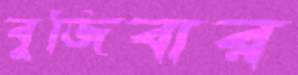
বুজিবার